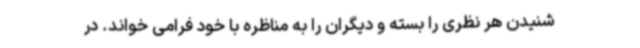
شنیدن هر نظری را بسته و دیگران را به مناظره با خود فرامی خواند. در